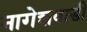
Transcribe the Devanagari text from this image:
नागेशवाडी